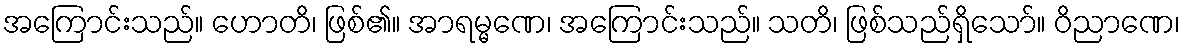
အကြောင်းသည်။ ဟောတိ၊ ဖြစ်၏။ အာရမ္မဏေ၊ အကြောင်းသည်။ သတိ၊ ဖြစ်သည်ရှိသော်။ ဝိညာဏေ၊